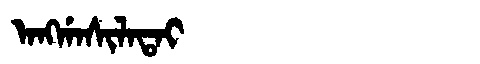
Manchu: ᠠᠩᡤᠠᠰᡳᠯᠠᡨᠠᡳ
Romanization: ANGGASILATAI